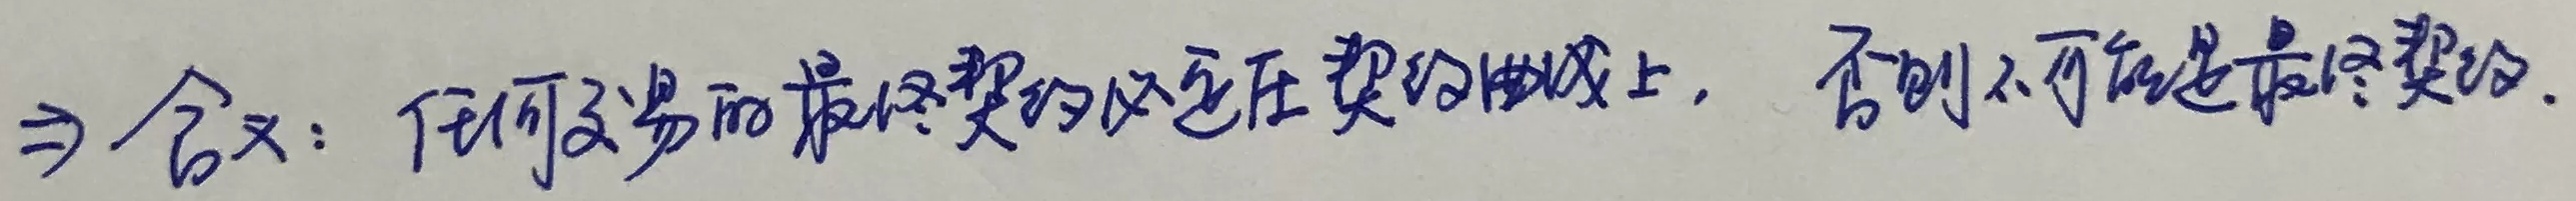
$\Rightarrow$含义：任何交易的最终契约必定在契约曲线上，否则不可能是最终契约。